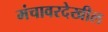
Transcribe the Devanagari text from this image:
मंचावरदेखील